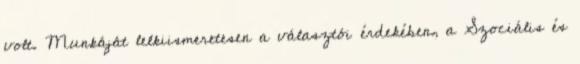
volt. Munkáját lelkiismeretesen a választói érdekében, a Szociális és